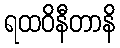
ရထဝိနီတာနိ